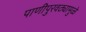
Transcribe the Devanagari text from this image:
पाणीपुरवठ्यामुळे